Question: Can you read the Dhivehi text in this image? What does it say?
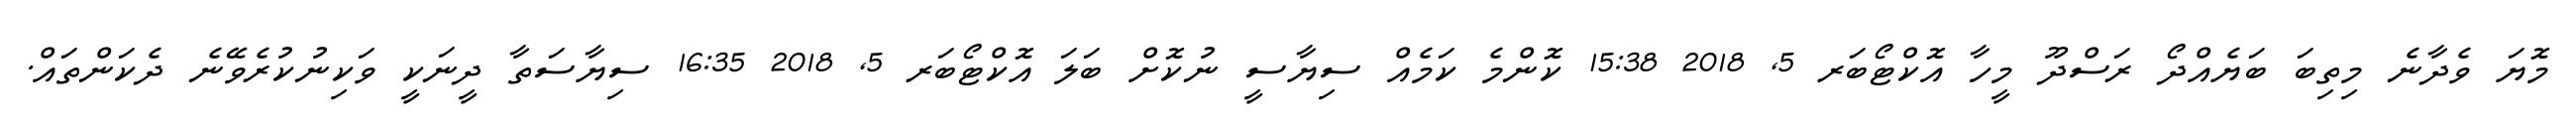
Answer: މޮޔަ ވެދާނެ މިތިބަ ބަޔެއްދޯ ރަސްދޫ މީހާ އޮކްޓޯބަރ 5, 2018 15:38 ކޮންމެ ކަމެއް ސިޔާސީ ނުކޮށް ބަލަ އޮކްޓޯބަރ 5, 2018 16:35 ސިޔާސަތާ ދީނަކީ ވަކިނުކުރެވޭނެ ދެކަންތައް.